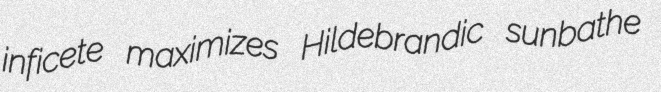
inficete maximizes Hildebrandic sunbathe